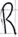
Text: R